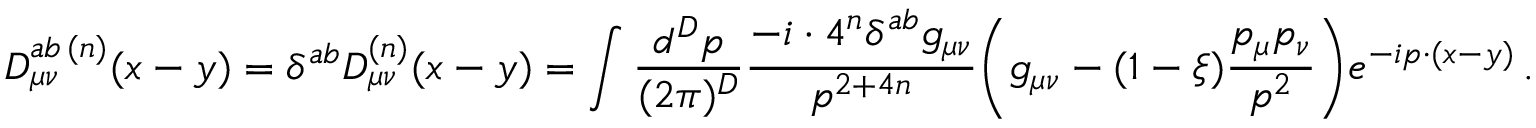
D _ { \mu \nu } ^ { a b \, ( n ) } ( x - y ) = \delta ^ { a b } D _ { \mu \nu } ^ { ( n ) } ( x - y ) = \int \frac { d ^ { D } p } { ( 2 \pi ) ^ { D } } \frac { - i \cdot 4 ^ { n } \delta ^ { a b } g _ { \mu \nu } } { p ^ { 2 + 4 n } } \bigg ( g _ { \mu \nu } - ( 1 - \xi ) \frac { p _ { \mu } p _ { \nu } } { p ^ { 2 } } \bigg ) e ^ { - i p \cdot ( x - y ) } \, .